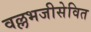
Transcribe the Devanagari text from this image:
वल्लभजीसेवित